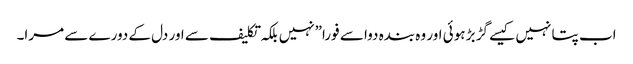
اب پتا نہیں کیسے گڑ بڑ ہوئی اور وہ بندہ دوا سے فورا”نہیں بلکہ تکلیف سے اور دل کے دورے سے مرا۔